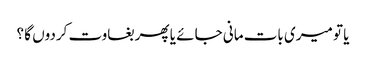
یا تو میری بات مانی جائے یا پھر بغاوت کردوں گا ؟